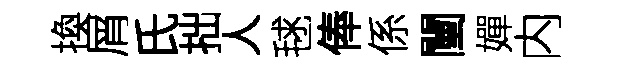
換屑氏拙人毬俸係闉嬋内